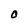
Character: O